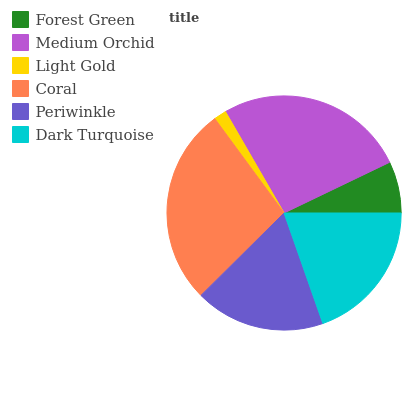
| Forest Green | Medium Orchid | Light Gold | Coral | Periwinkle | Dark Turquoise |
 | --- | --- | --- | --- | --- | --- |
 | 7.13% | 26.2% | 1.73% | 27.4% | 18% | 19.6% |